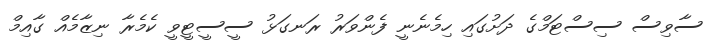
ސާވިސް ސިސްޓަމްގެ ދަށުގައި ހިމެނެނީ ފެންވަރު ރަނގަޅު ސީސީޓީވީ ކެމެރާ ނިޒާމެއް ގާއިމް